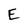
Character: E